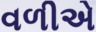
વળીએ